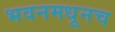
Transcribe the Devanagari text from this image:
भवनमधूनच